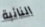
النائبة